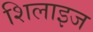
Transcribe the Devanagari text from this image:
शिलाइज